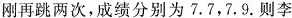
成绩的平均数为7.8，方差为 $$\frac{1}{60}$$ 如果李